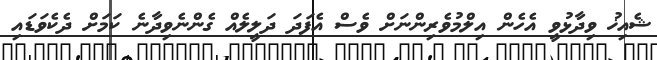
ޝެއިޚު ވިދާޅުވީ އެހެން އިލްމުވެރިންނަށް ވެސް އެފަދަ ދަލީލެއް ގެންނެވިދާނެ ކަމަށް ދެކެވަޑައި